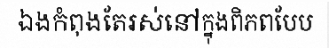
ឯងកំពុងតែរស់នៅក្នុងពិភពបែប